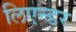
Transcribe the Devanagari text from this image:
लिएन्डर